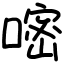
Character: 嘧